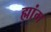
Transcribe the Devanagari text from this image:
ह्मांग